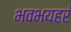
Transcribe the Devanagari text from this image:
भवभयहरं